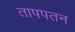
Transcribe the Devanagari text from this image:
तापपतन